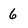
Character: 6